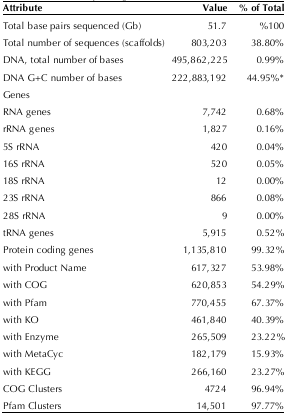
<table><thead><tr><td><b>Attribute</b></td><td><b>Value</b></td><td><b>% of Total</b></td></tr></thead><tbody><tr><td>Total base pairs sequenced (Gb)</td><td>51.7</td><td>%100</td></tr><tr><td>Total number of sequences (scaffolds)</td><td>803,203</td><td>38.80%</td></tr><tr><td>DNA, total number of bases</td><td>495,862,225</td><td>0.99%</td></tr><tr><td>DNA G+C number of bases</td><td>222,883,192</td><td>44.95%*</td></tr><tr><td>Genes</td><td>[EMPTY_CELL]</td><td>[EMPTY_CELL]</td></tr><tr><td>RNA genes</td><td>7,742</td><td>0.68%</td></tr><tr><td>rRNA genes</td><td>1,827</td><td>0.16%</td></tr><tr><td>5S rRNA</td><td>420</td><td>0.04%</td></tr><tr><td>16S rRNA</td><td>520</td><td>0.05%</td></tr><tr><td>18S rRNA</td><td>12</td><td>0.00%</td></tr><tr><td>23S rRNA</td><td>866</td><td>0.08%</td></tr><tr><td>28S rRNA</td><td>9</td><td>0.00%</td></tr><tr><td>tRNA genes</td><td>5,915</td><td>0.52%</td></tr><tr><td>Protein coding genes</td><td>1,135,810</td><td>99.32%</td></tr><tr><td>with Product Name</td><td>617,327</td><td>53.98%</td></tr><tr><td>with COG</td><td>620,853</td><td>54.29%</td></tr><tr><td>with Pfam</td><td>770,455</td><td>67.37%</td></tr><tr><td>with KO</td><td>461,840</td><td>40.39%</td></tr><tr><td>with Enzyme</td><td>265,509</td><td>23.22%</td></tr><tr><td>with MetaCyc</td><td>182,179</td><td>15.93%</td></tr><tr><td>with KEGG</td><td>266,160</td><td>23.27%</td></tr><tr><td>COG Clusters</td><td>4724</td><td>96.94%</td></tr><tr><td>Pfam Clusters</td><td>14,501</td><td>97.77%</td></tr></tbody></table>